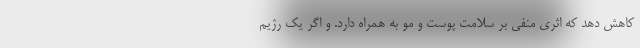
کاهش دهد که اثری منفی بر سلامت پوست و مو به همراه دارد. و اگر یک رژیم